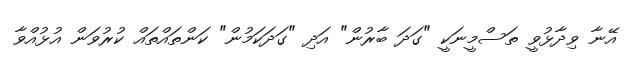
އޭނާ ވިދާޅުވީ ތަސްމީނަކީ "ގަދަ ބާރުން" އަދި "ގަދަކަމުން" ކަންތައްތައް ކުރުވަން އުޅުއްވާ